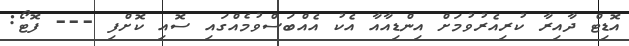
އޮޑިޓް ދާއިރާ ކުރިއެރުވުމަށް އިންޑިއާއާ އެކު އެއްބަސްވުމެއްގައި ސޮއި ކޮށްފި --- ފޮޓޯ: